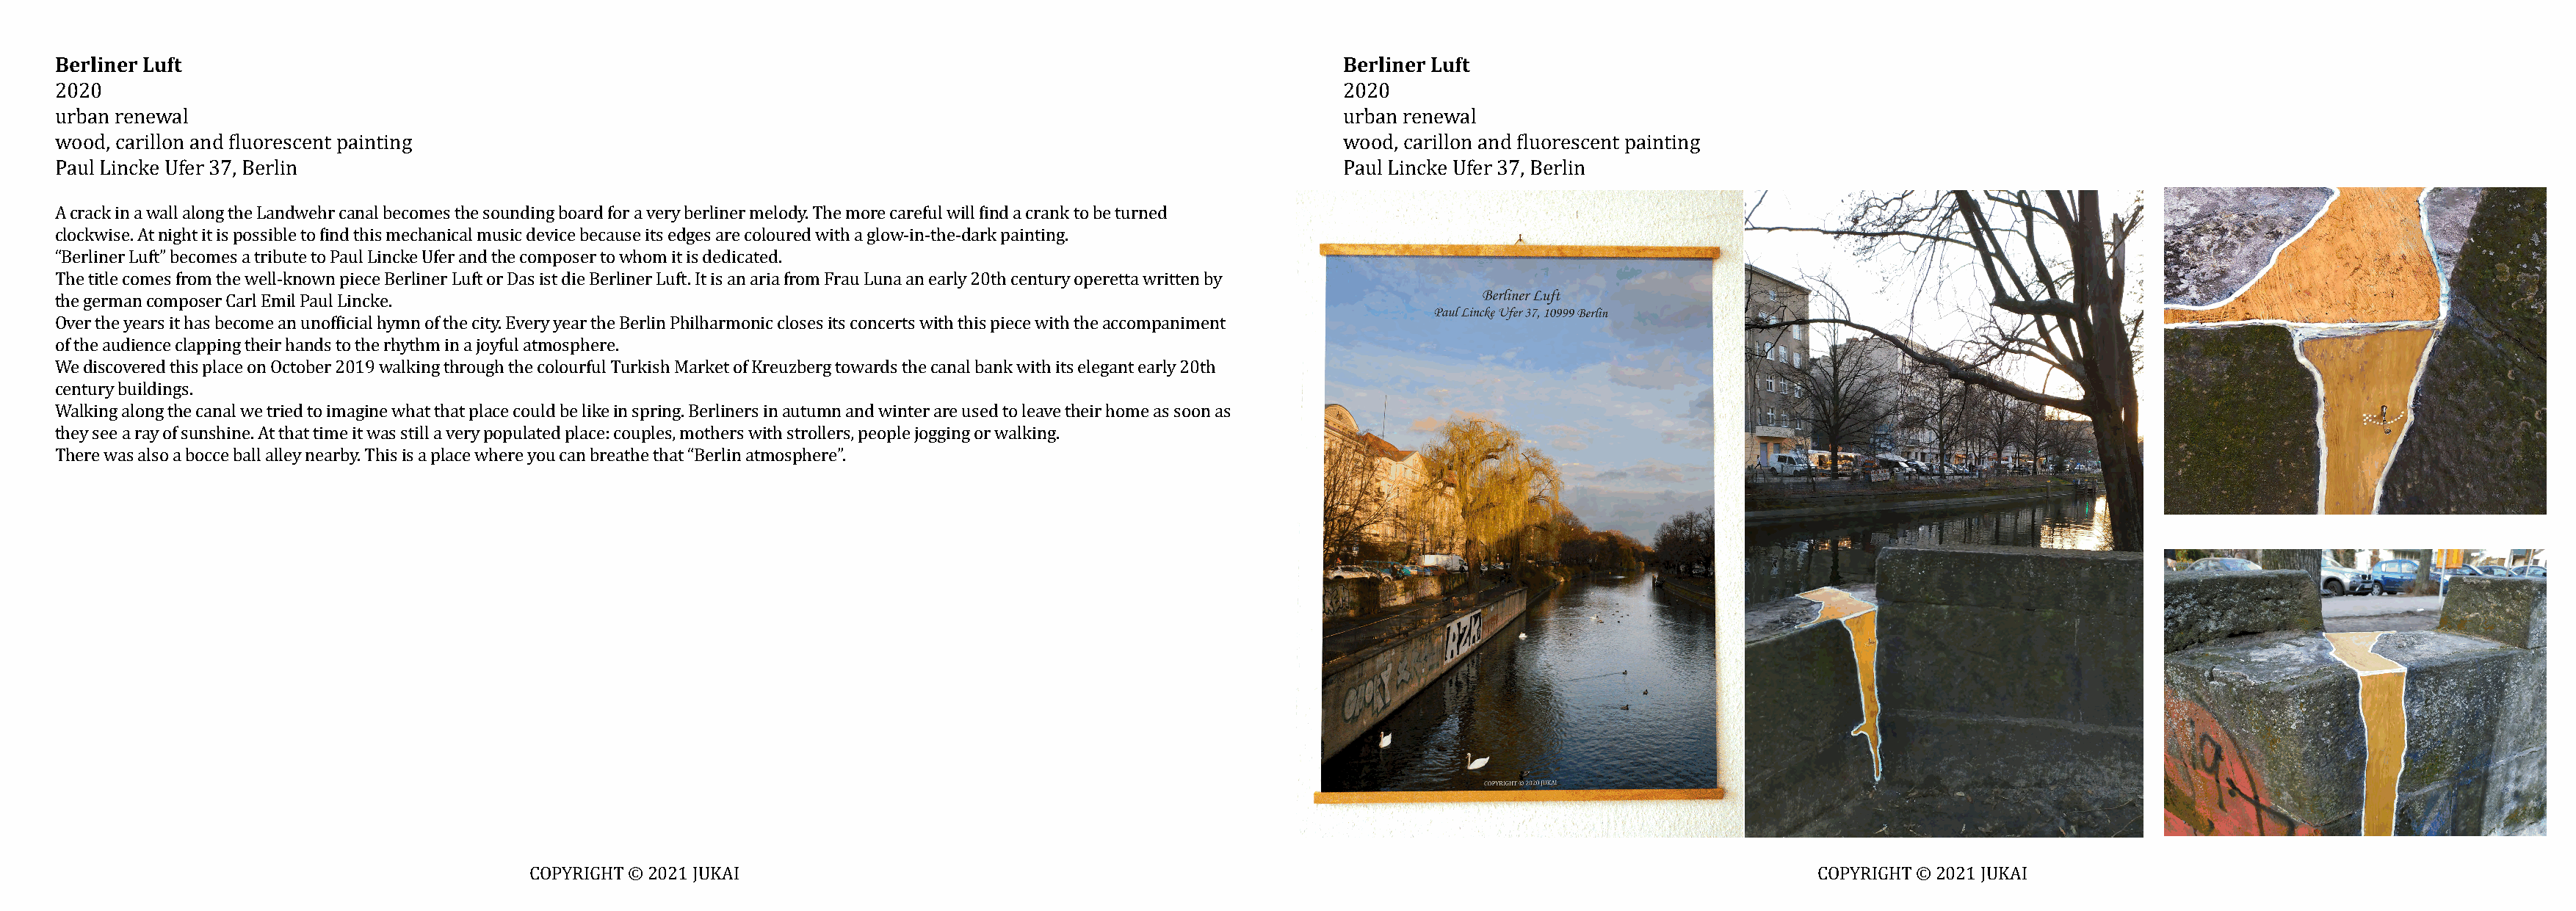
Berliner Luft                                                                                                       Berliner Luft
 2020                                                                                                                2020
 urban renewal                                                                                                       urban renewal
 wood, carillon and fluorescent painting                                                                             wood, carillon and fluorescent painting
 Paul Lincke Ufer 37, Berlin                                                                                         Paul Lincke Ufer 37, Berlin
 A crack in a wall along the Landwehr canal becomes the sounding board for a very berliner melody. The more careful will find a crank to be turned
 clockwise. At night it is possible to find this mechanical music device because its edges are coloured with a glow-in-the-dark painting.
 “Berliner Luft” becomes a tribute to Paul Lincke Ufer and the composer to whom it is dedicated.
 The title comes from the well-known piece Berliner Luft or Das ist die Berliner Luft. It is an aria from Frau Luna an early 20th century operetta written by
 the german composer Carl Emil Paul Lincke.
 Over the years it has become an unofficial hymn of the city. Every year the Berlin Philharmonic closes its concerts with this piece with the accompaniment
 of the audience clapping their hands to the rhythm in a joyful atmosphere.
 We discovered this place on October 2019 walking through the colourful Turkish Market of Kreuzberg towards the canal bank with its elegant early 20th
 century buildings.
 Walking along the canal we tried to imagine what that place could be like in spring. Berliners in autumn and winter are used to leave their home as soon as
 they see a ray of sunshine. At that time it was still a very populated place: couples, mothers with strollers, people jogging or walking.
 There was also a bocce ball alley nearby. This is a place where you can breathe that “Berlin atmosphere”.
 COPYRIGHT © 2021 JUKAI                                                                                              COPYRIGHT © 2021 JUKAI